Scottish Leaving Certificate Examination, 1956
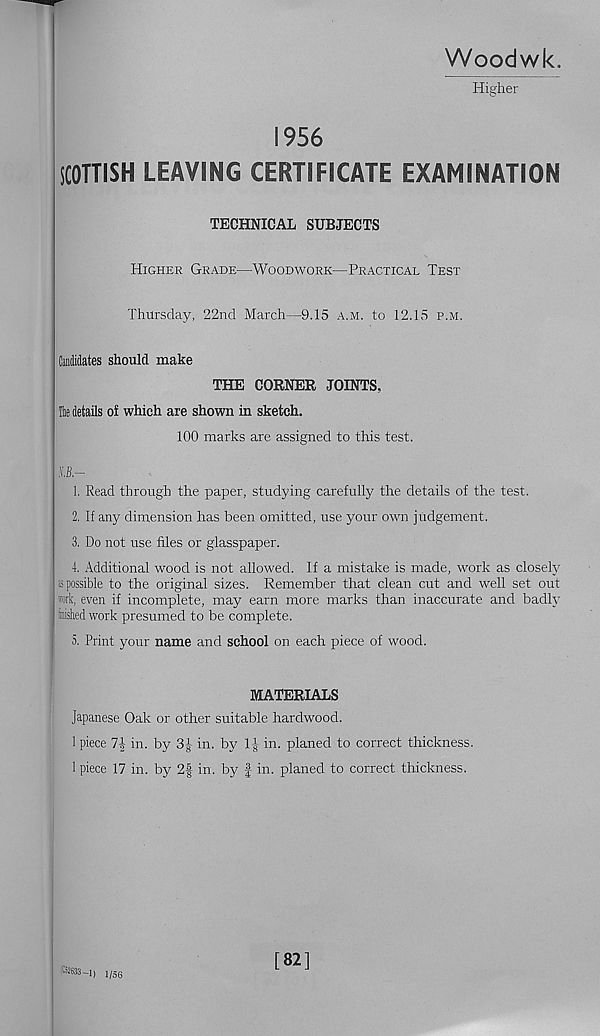
Woodwk.
Higher
1956
SCOniSH LEAVING CERTIFICATE EXAMINATION
TECHNICAL SUBJECTS
Higher Grade—Woodwork—Practical Test
Thursday, 22nd March—9.15 a.m. to 12.lo p.m.
Candidates should make
THE CORNER JOINTS,
Tta details of which are shown in sketch.
100 marks are assigned to this test.
IB —
1. Read through the paper, studying carefully the details of the test.
2. If any dimension has been omitted, use your own judgement.
3. Do not use files or glasspaper.
4. Additional wood is not allowed. If a mistake is made, work as closely
is possible to the original sizes. Remember that clean cut and well set out
work, even if incomplete, may earn more marks than inaccurate and badly
Snished work presumed to be complete.
5. Print your name and school on each piece of wood.
MATERIALS
Japanese Oak or other suitable hardwood.
1 piece 1\ in. by 3£ in. by 1J- in. planed to correct thickness.
1 piece 17 in. by 2| in. by f in. planed to correct thickness.
.52633—1) 1/56
[82]